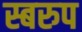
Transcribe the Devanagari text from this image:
स्बरुप